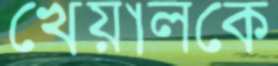
খেয়ালকে